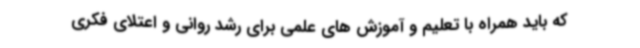
که باید همراه با تعلیم و آموزش های علمی برای رشد روانی و اعتلای فکری